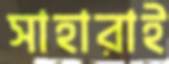
সাহারাই